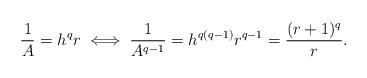
\begin{align*}\frac{1}{A} = h^qr \iff \frac{1}{A^{q-1}} = h^{q(q-1)}r^{q-1} = \frac{(r+1)^q}{r}.\end{align*}